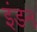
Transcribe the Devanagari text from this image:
इंडन